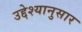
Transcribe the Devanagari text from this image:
उद्देश्यानुसार